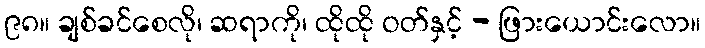
၉၈။ ချစ်ခင်စေလို၊ ဆရာကို၊ ထိုထို ဝတ်နှင့် - ဖြားယောင်းလော။